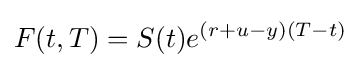
F(t,T)=S(t)e^{(r+u-y)(T-t)}